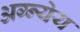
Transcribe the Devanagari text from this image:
अग्न्येय